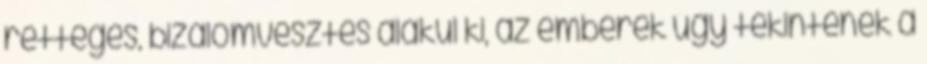
rettegés, bizalomvesztés alakul ki, az emberek úgy tekintenek a